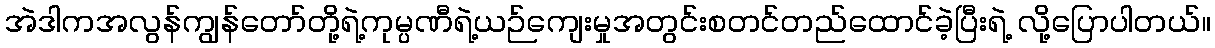
အဲဒါကအလွန်ကျွန်တော်တို့ရဲ့ကုမ္ပဏီရဲ့ယဉ်ကျေးမှုအတွင်းစတင်တည်ထောင်ခဲ့ပြီးရဲ့ လို့ပြောပါတယ်။